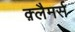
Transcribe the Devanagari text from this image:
क़्लैमर्स